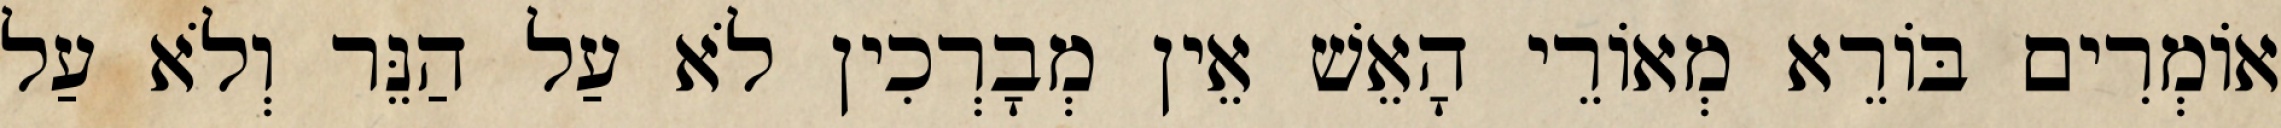
אוֹמְרִים בּוֹרֵא מְאוֹרֵי הָאֵשׁ אֵין מְבָרְכִין לֹא עַל הַנֵּר וְלֹא עַל